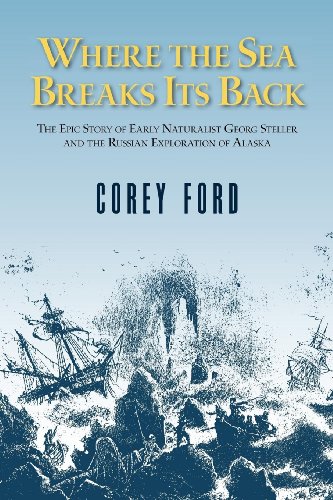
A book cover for Where the Sea Breaks Its Back: The Epic Story of Early Naturalist Georg Steller and the Russian Exploration of Alaska; Corey Ford; Biographies & Memoirs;